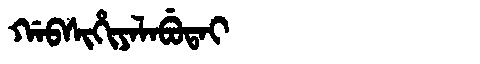
Manchu: ᡤᠠᠪᠰᡳᡥᡳᠶᠠᠯᠠᠪᡠᡨᠠᡳ
Romanization: GABSIHIYALABUTAI